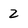
Character: 2